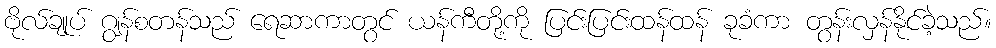
ဗိုလ်ချုပ် ဂျွန်စတန်သည် ရေဆာကာတွင် ယန်ကီတို့ကို ပြင်းပြင်းထန်ထန် ခုခံကာ တွန်းလှန်နိုင်ခဲ့သည်။